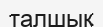
талшық